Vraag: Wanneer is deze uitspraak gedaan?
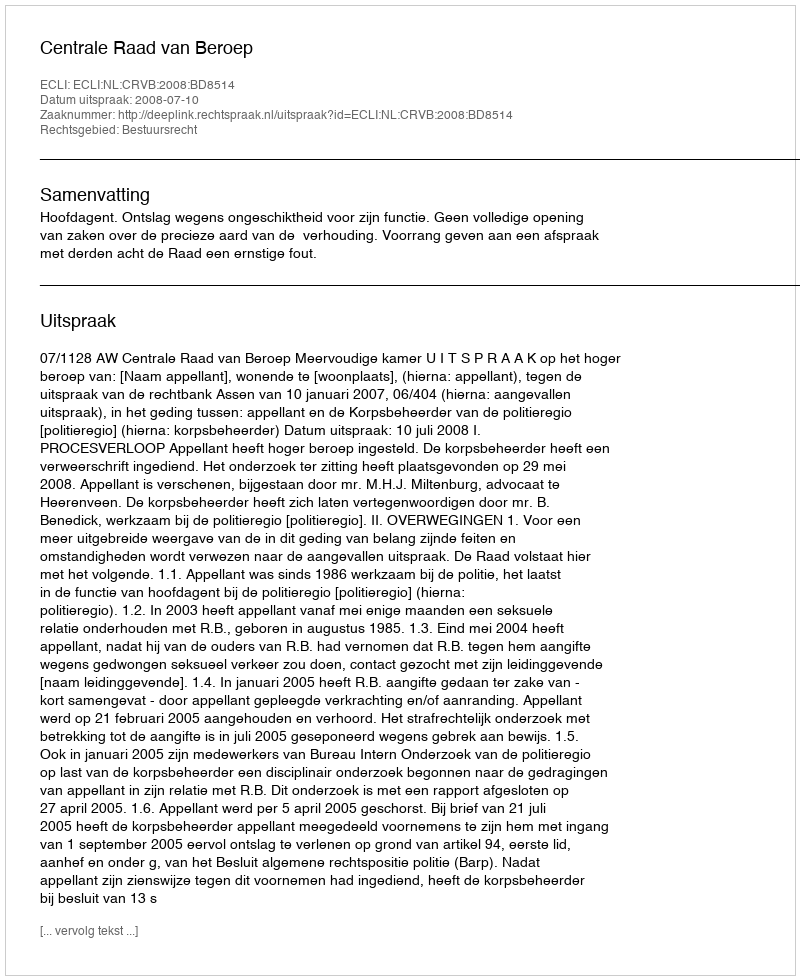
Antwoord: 2008-07-10